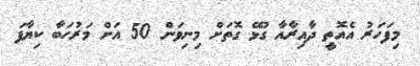
މިފަހަރު އެއޮތީ ދާއިރާއާ ގުޅޭ ގޮތަށް މިނިވަން 50 އަށް މަރުހަބާ ކިޔާފަ